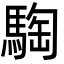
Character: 騊